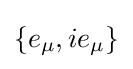
\{e_{\mu },ie_{\mu }\}